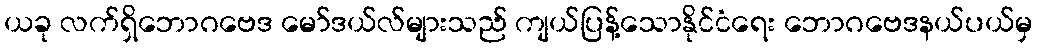
ယခု လက်ရှိဘောဂဗေဒ မော်ဒယ်လ်များသည် ကျယ်ပြန့်သောနိုင်ငံရေး ဘောဂဗေဒနယ်ပယ်မှ